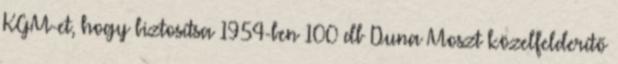
KGM-et, hogy biztosítsa 1954-ben 100 db Duna Moszt közelfelderítő